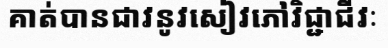
គាត់បានជាវនូវសៀវភៅវិជ្ជាជីវៈ